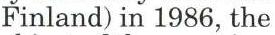
Finland) in 1986, the